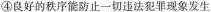
④良好的秩序能防止一切违法犯罪现象发生